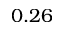
0 . 2 6